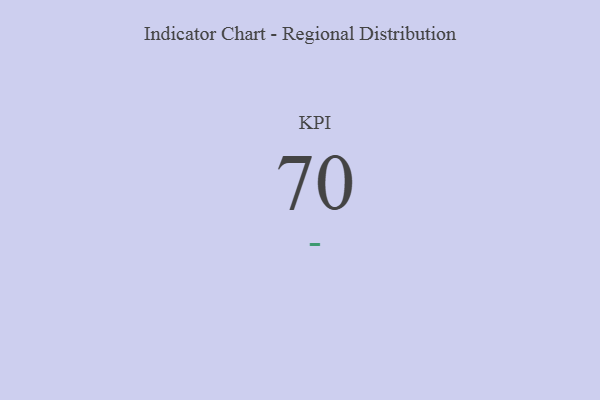
{"axis": {"x": "KPI", "y": "Value"}, "legend": [""], "data": [{"x": "KPI", "y": 70, "type": ""}]}